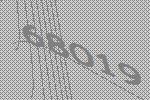
68019